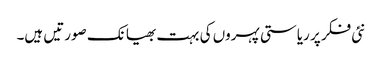
نئی فکر پر ریاستی پہروں کی بہت بھیانک صورتیں ہیں۔